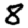
Digit: 8